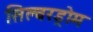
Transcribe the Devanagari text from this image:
सिल्वरड्रोम